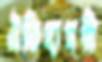
ঐতিহ্যময়ী